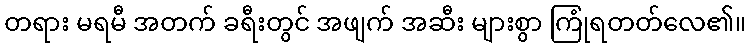
တရား မရမီ အတက် ခရီးတွင် အဖျက် အဆီး များစွာ ကြုံရတတ်လေ၏။